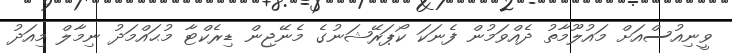
ވީނިއުސްއަށް މައުލޫމާތު ދެއްވަމުން ފެނަކަ ކޯޕަރޭޝަނުގެ މެނޭޖިން ޑިރެކްޓާ މުޙައްމަދު ނިމާލް މިއަދު